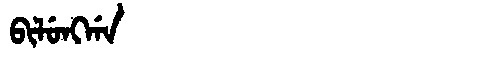
Manchu: ᠪᡳᠯᡠᠩᡤᠠ
Romanization: BILUNGGA